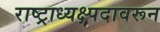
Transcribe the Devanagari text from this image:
राष्ट्राध्यक्ष्पदावरून